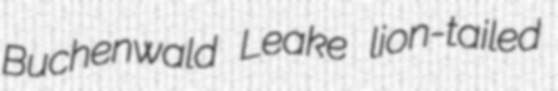
Buchenwald Leake lion-tailed